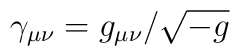
\gamma_{\mu\nu} = g_{\mu\nu} / \sqrt{-g}